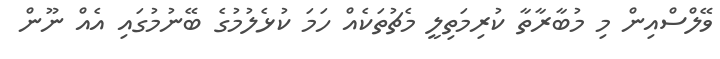
ވޭލްސްއިން މި މުބާރާތާ ކުރިމަތިލީ މެޗުތަކެއް ހަމަ ކުޅެލުމުގެ ބޭނުމުގައި އެއް ނޫން